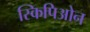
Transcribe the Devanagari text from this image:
स्किपिओन